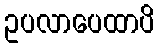
ဥပလာပေထာပိ